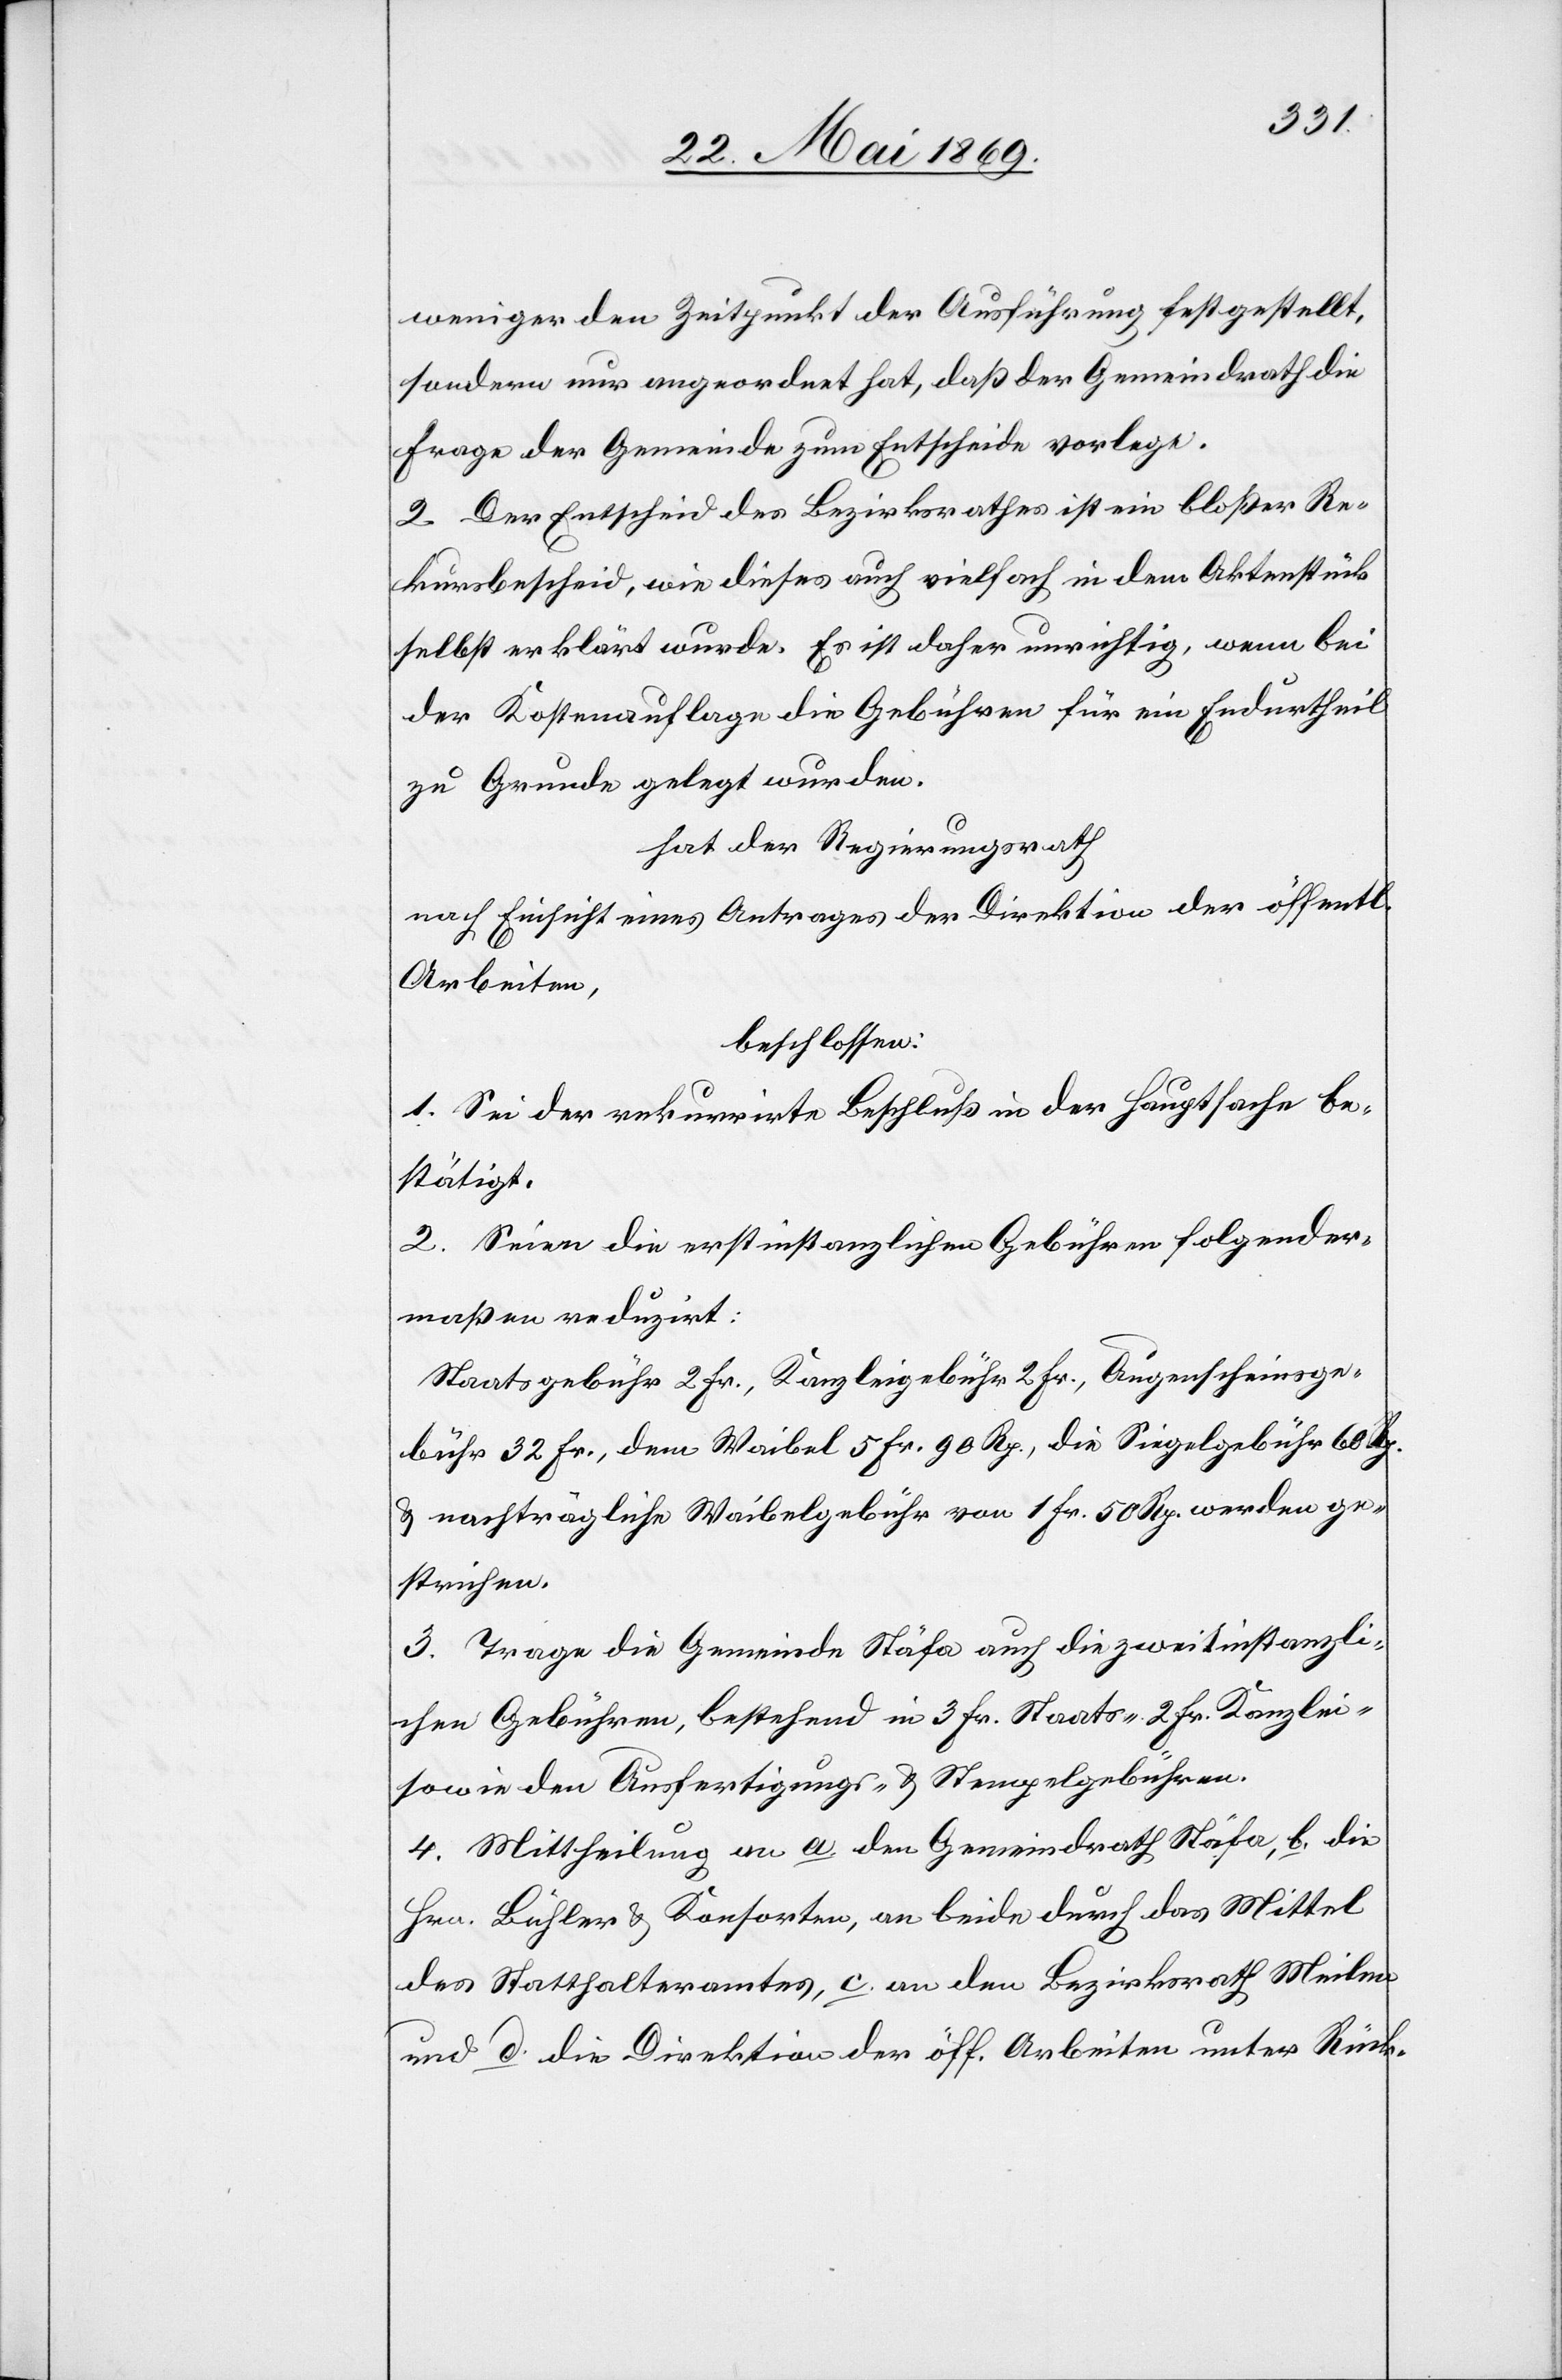
weniger den Zeitpunkt der Ausführung festgestellt,
sondern nur angeordnet hat, daß der Gemeindrath die
Frage der Gemeinde zum Entscheide vorlege.
2. Der Entscheid des Bezirksrathes ist ein bloßer Re¬
kursbescheid, wie dieses auch vielfach in dem Aktenstück
selbst erklärt wurde. Es ist daher unrichtig, wenn bei
der Kostenpflege die Gebühren für ein Endurtheil
zu Grunde gelegt wurden.
hat der Regierungsrath,
nach Einsicht eines Antrages der Direktion der öff.
Arbeiten,
beschlossen:
1. Sei der rekurrirte Beschluß der Hauptsache be¬
stätigt.
2. Seien die erstinstanzlichen Gebühren folgender¬
maßen reduzirt:
Staatsgebühr 2 Fr., Kanzleigebühr 2 Fr., Augenscheinsge¬
bühr 32 Fr., dem Waibel 5 Fr. 90 Rp, die Siegelgebühr 60 Rp.
u. nachträglich Waibelgebühr von 1 Fr. 50 Rp. werden ge¬
strichen.
3. Trage die Gemeinde Stäfa auch die zweitinstanzli¬
chen Gebühren, bestehend in 3 Fr. Staats-[,] 2 Fr. Kanzlei-
sowie den Ausfertigungs- u. Stempelgebühren.
4. Mittheilung an a. den Gemeindrath Stäfa, b. die
Hrn. Bühler u. Konsorten, an beide durch das mittel
des Statthalteramtes, c. an den Bezirksrath Meilen
und d. die Direktion der öff. Arbeiten unter Rück-